Epidemic dropsy in Calcutta - Number 45
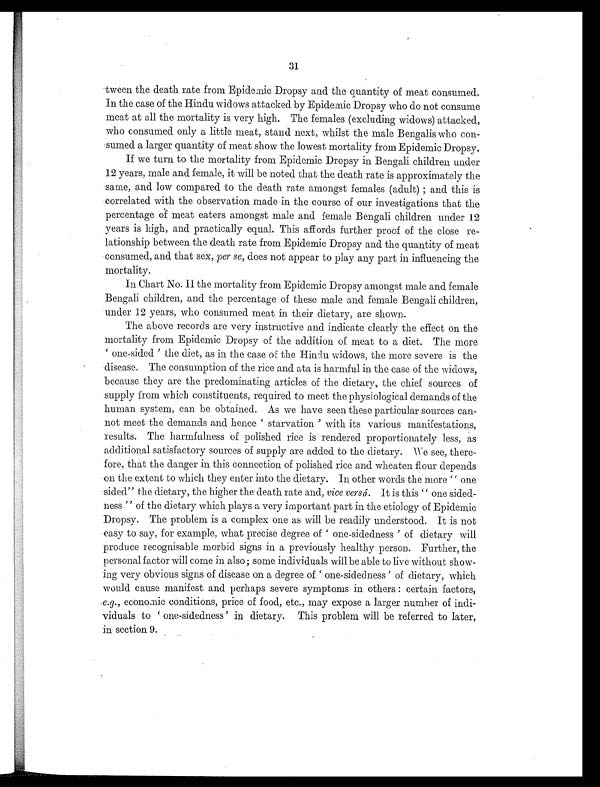
31
tween the death rate from Epidemic Dropsy and the quantity of meat consumed.
In the case of the Hindu widows attacked by Epidemic Dropsy who do not consume
meat at all the mortality is very high. The females (excluding widows) attacked,
who consumed only a little meat, stand next, whilst the male Bengalis who con-
sumed a larger quantity of meat show the lowest mortality from Epidemic Dropsy.
If we turn to the mortality from Epidemic Dropsy in Bengali children under
12 years, male and female, it will be noted that the death rate is approximately the
same, and low compared to the death rate amongst females (adult); and this is
correlated with the observation made in the course of our investigations that the
percentage of meat eaters amongst male and female Bengali children under 12
years is high, and practically equal. This affords further proof of the close re-
lationship between the death rate from Epidemic Dropsy and the quantity of meat
consumed, and that sex, per se, does not appear to play any part in influencing the
mortality.
In Chart No. II the mortality from Epidemic Dropsy amongst male and female
Bengali children, and the percentage of these male and female Bengali children,
under 12 years, who consumed meat in their dietary, are shown.
The above records are very instructive and indicate clearly the effect on the
mortality from Epidemic Dropsy of the addition of meat to a diet. The more
' one-sided ' the diet, as in the case of the Hindu widows, the more severe is the
disease. The consumption of the rice and ata is harmful in the case of the widows,
because they are the predominating articles of the dietary, the chief sources of
supply from which constituents, required to meet the physiological demands of the
human system, can be obtained. As we have seen these particular sources can-
not meet the demands and hence ' starvation' with its various manifestations,
results. The harmfulness of polished rice is rendered proportionately less, as
additional satisfactory sources of supply are added to the dietary. We see, there-
fore, that the danger in this connection of polished rice and wheaten flour depends
on the extent to which they enter into the dietary. In other words the more " one
sided " the dietary, the higher the death rate and, vice versâ . It is this " one sided-
ness " of the dietary which plays a very important part in the etiology of Epidemic
Dropsy. The problem is a complex one as will be readily understood. It is
not easy to say, for example, what precise degree of ' one-sidedness ' of dietary will
produce recognisable morbid signs in a previously healthy person. Further, the
personal factor will come in also ; some individuals will be able to live without show-
ing very obvious signs of disease on a degree of ' one-sidedness ' of dietary, which
would cause manifest and perhaps severe symptoms in others : certain factors,
e . g ., economic conditions, price of food, etc., may expose a larger number of indi-
v i d u a l s t o ' o n e - s i d e d n e s s ' i n d i e t a r y . Th i s p r o b l e m wi l l b e r e f e r r e d t o l a t e r ,
in section 9.